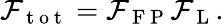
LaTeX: \mathcal{F}_{\mathrm{{~t~o~t~}}}=\mathcal{F}_{\mathrm{{~F~P~}}}\mathcal{F}_{\mathrm{{~L~}}}.